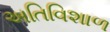
અતિવિશાળ